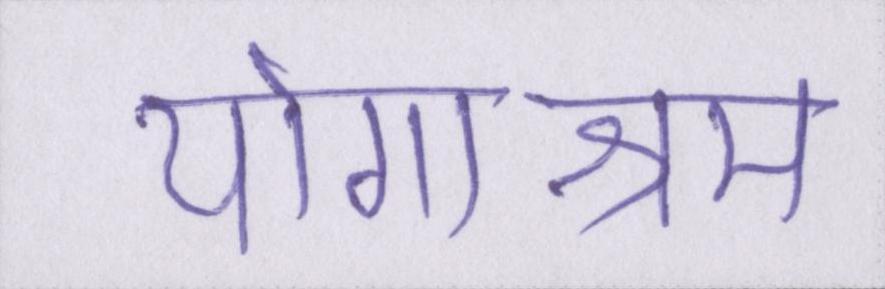
योगाश्रम